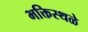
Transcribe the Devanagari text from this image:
भक्तिस्थळे